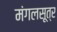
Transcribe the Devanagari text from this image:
मंगलसूत्र